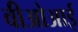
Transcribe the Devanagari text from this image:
वीओआई